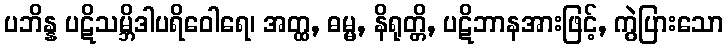
ပဘိန္န ပဋိသမ္ဘိဒါပရိဝေါရေ၊ အတ္ထ, ဓမ္မ, နိရုတ္တိ, ပဋိဘာနအားဖြင့်, ကွဲပြားသော